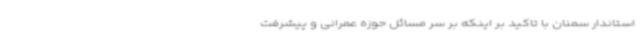
استاندار سمنان با تاکید بر اینکه بر سر مسائل حوزه عمرانی و پیشرفت